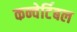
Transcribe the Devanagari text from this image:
कन्वेर्टिबल